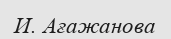
И. Ағажанова